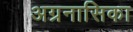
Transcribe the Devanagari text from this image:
अग्रनासिका